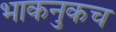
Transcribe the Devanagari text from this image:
भाकनुकच